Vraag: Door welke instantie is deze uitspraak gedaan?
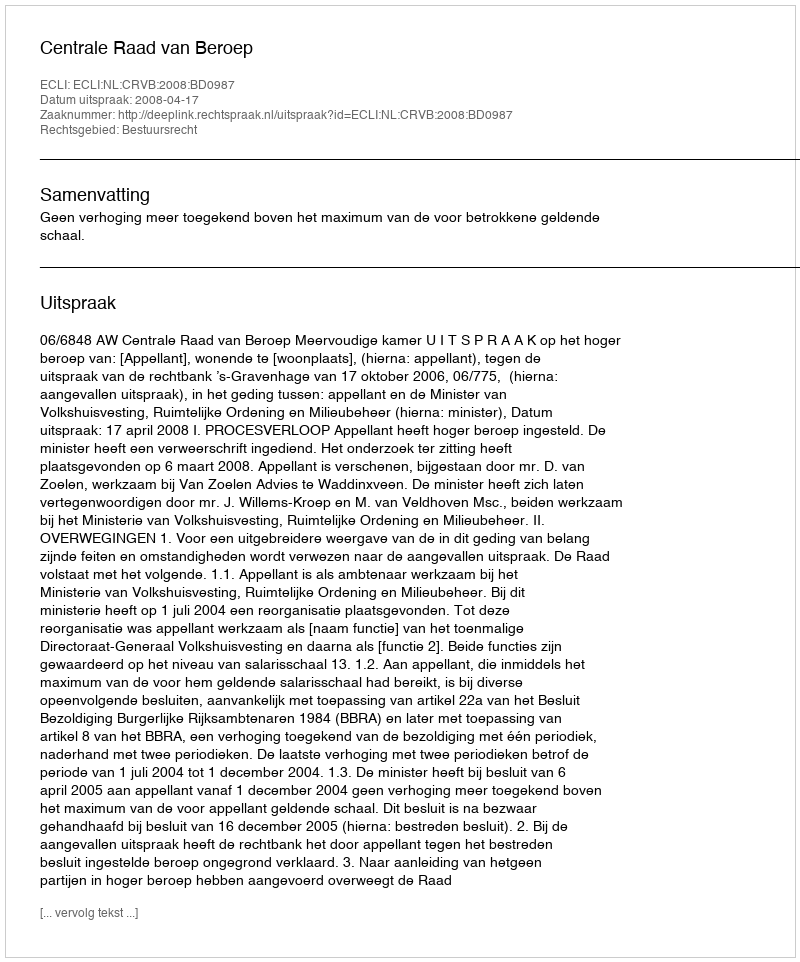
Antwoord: Centrale Raad van Beroep